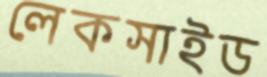
লেকসাইড